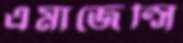
এমার্জেন্সি